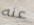
عنه